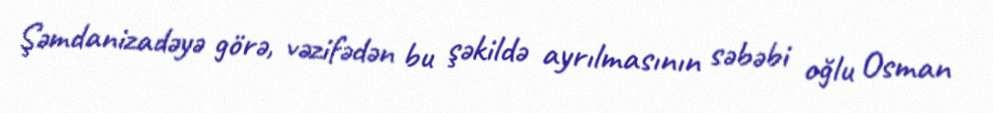
Şəmdanizadəyə görə, vəzifədən bu şəkildə ayrılmasının səbəbi oğlu Osman